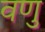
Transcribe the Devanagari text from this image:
वणु